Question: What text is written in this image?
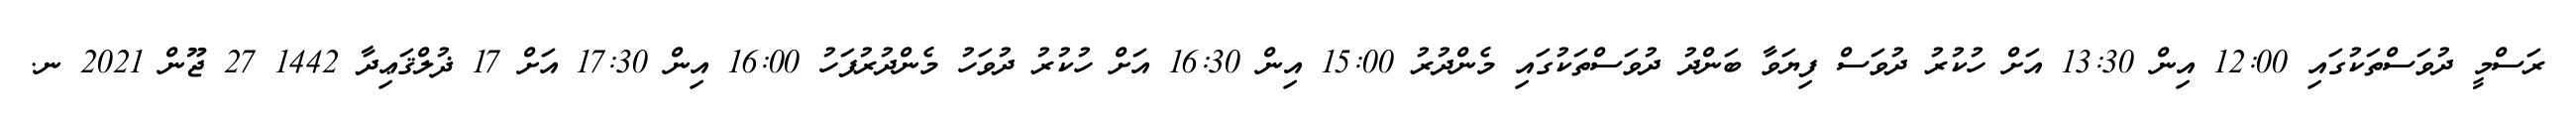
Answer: ރަސްމީ ދުވަސްތަކުގައި 12:00 އިން 13:30 އަށް ހުކުރު ދުވަސް ފިޔަވާ ބަންދު ދުވަސްތަކުގައި މެންދުރު 15:00 އިން 16:30 އަށް ހުކުރު ދުވަހު މެންދުރުފަހު 16:00 އިން 17:30 އަށް 17 ޛުލްޤަޢިދާ 1442 27 ޖޫން 2021 ނ.